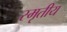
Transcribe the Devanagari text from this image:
स्मृतीय